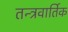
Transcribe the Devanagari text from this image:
तन्त्रवार्तिक